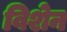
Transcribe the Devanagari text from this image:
विशेन